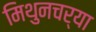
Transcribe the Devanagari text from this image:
मिथुनचर्या